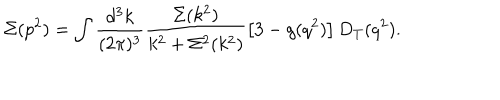
\Sigma ( p ^ { 2 } ) = \int \frac { d ^ { 3 } k } { ( 2 \pi ) ^ { 3 } } \frac { \Sigma ( k ^ { 2 } ) } { k ^ { 2 } + \Sigma ^ { 2 } ( k ^ { 2 } ) } \left[ 3 - g ( q ^ { 2 } ) \right] D _ { T } ( q ^ { 2 } ) .